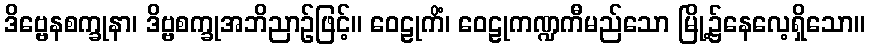
ဒိဗ္ဗေနစက္ခုနာ၊ ဒိဗ္ဗစက္ခုအဘိညာဉ်ဖြင့်။ ဝေဠုကိံ၊ ဝေဠုကဏ္ဍကီမည်သော မြို့၌နေလေ့ရှိသော။